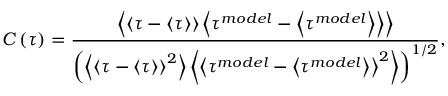
C \left( \tau \right) = \frac { \left\langle { \left\langle { \tau - \left\langle \tau \right\rangle } \right\rangle \left\langle { \tau ^ { m o d e l } - \left\langle \tau ^ { m o d e l } \right\rangle } \right\rangle } \right\rangle } { \left( { \left\langle \left\langle { \tau - \left\langle \tau \right\rangle } \right\rangle ^ { 2 } \right\rangle \left\langle \left\langle { \tau ^ { m o d e l } - \left\langle \tau ^ { m o d e l } \right\rangle } \right\rangle ^ { 2 } \right\rangle } \right) ^ { 1 / 2 } } ,